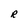
Character: R